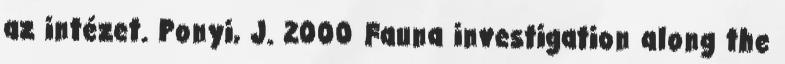
az intézet. Ponyi, J. 2000 Fauna investigation along the